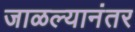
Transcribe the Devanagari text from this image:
जाळल्यानंतर